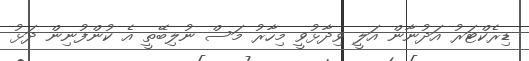
ޑިރެކްޓަރު އަދުނާން އަލީ ވިދާޅުވީ މިހާރު މަސް ނުލިބޭތީ އެ ކުންފުނިން ދަޅު